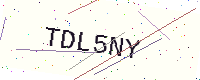
Text: TDL5NY